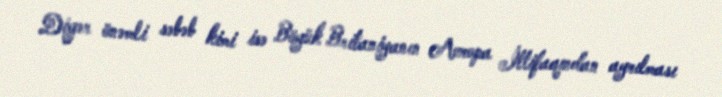
Digər önəmli səbəb kimi isə Böyük Britaniyanın Avropa İttifaqından ayrılması